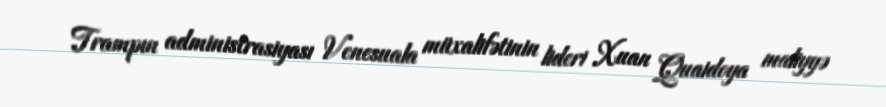
Trampın administrasiyası Venesuala müxalifətinin lideri Xuan Quaidoya maliyyə